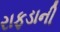
રાફડાની